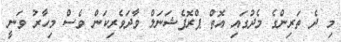
މި ދެ ތަރިންގެ މެދުގައި އޮތް ޕްރޮފެޝަނަލް ވާދަވެރިކަން ވެސް މިހާރު ވަނީ